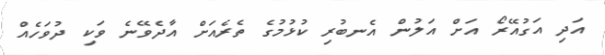
އަދި އަގުއޭރޯ އަށް އަލުން އެނބުރި ކުޅުމުގެ ތެރެއަށް އާދެވޭނެ ވަކި ދުވަހެއް